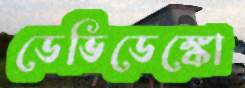
ডেভিডেঙ্কো